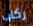
ركاب